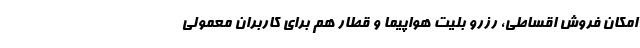
امکان فروش اقساطی، رزرو بلیت هواپیما و قطار هم برای کاربران معمولی